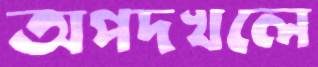
অপদখলে